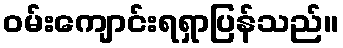
ဝမ်းကျောင်းရရှာပြန်သည်။